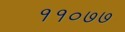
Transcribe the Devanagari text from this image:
११०७७